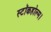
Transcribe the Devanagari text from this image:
स्टॉकहोल्म।